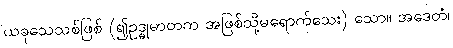
ယခုသေသစ်ဖြစ် (၍ဥဒ္ဓုမာတက အဖြစ်သို့မရောက်သေး) သော။ အဒေတံ၊